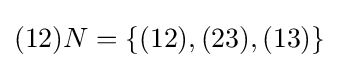
(12)N=\{(12),(23),(13)\}